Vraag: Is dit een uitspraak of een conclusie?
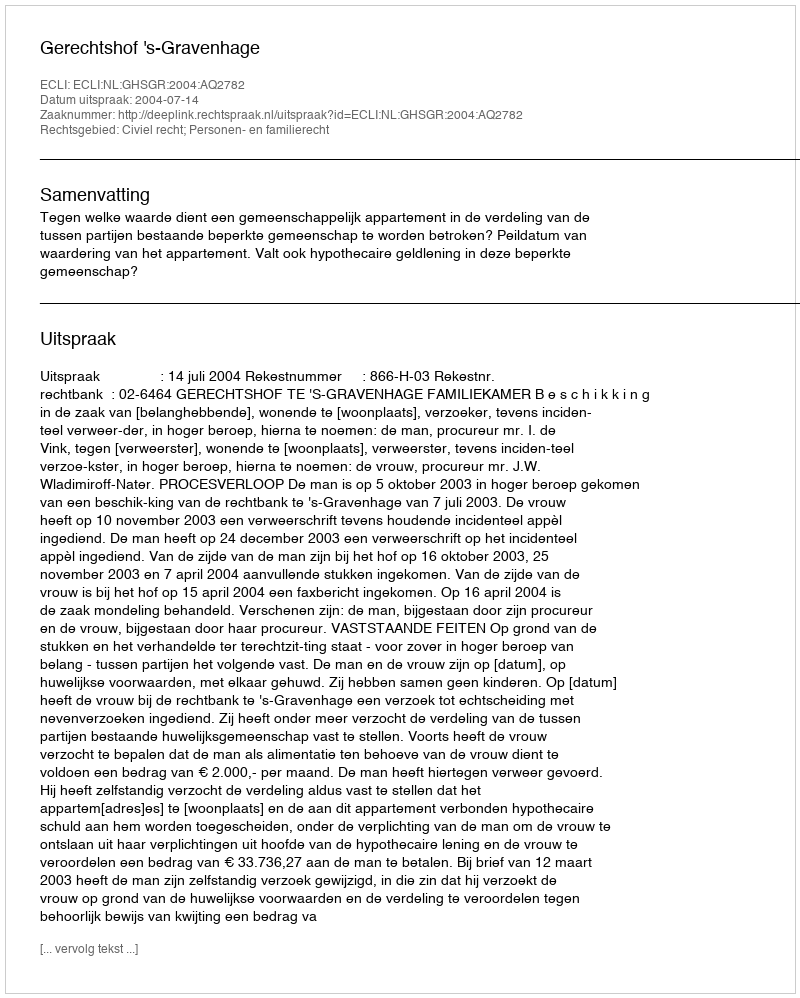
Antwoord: Uitspraak